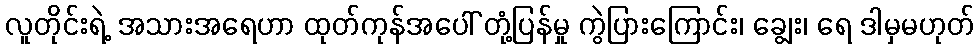
လူတိုင်းရဲ့ အသားအရေဟာ ထုတ်ကုန်အပေါ် တုံ့ပြန်မှု ကွဲပြားကြောင်း၊ ချွေး၊ ရေ ဒါမှမဟုတ်